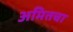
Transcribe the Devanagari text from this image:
अमितचा